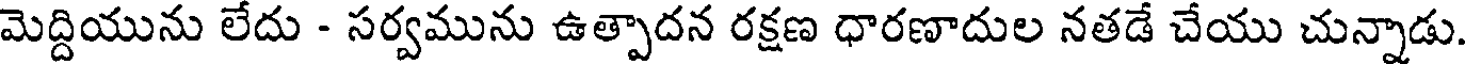
మెద్దియును లేదు - సర్వమును ఉత్పాదన రక్షణ ధారణాదుల నతడే చేయు చున్నాడు.